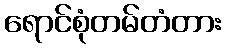
ရောင်စုံတမ်တံတား